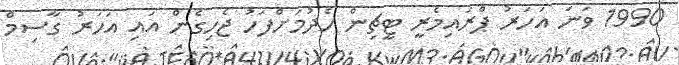
1990 ވަނަ އަހަރު ޕްރައިމެރީ ޓީޗިން ހެދުމަށްފަހު ޖެހިގެން އައި އަހަރު ގާސިމް